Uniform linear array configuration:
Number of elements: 24
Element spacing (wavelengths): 0.75
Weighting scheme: uniform
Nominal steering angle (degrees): -30
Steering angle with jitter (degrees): -29.445
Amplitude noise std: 0.05
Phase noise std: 0.05

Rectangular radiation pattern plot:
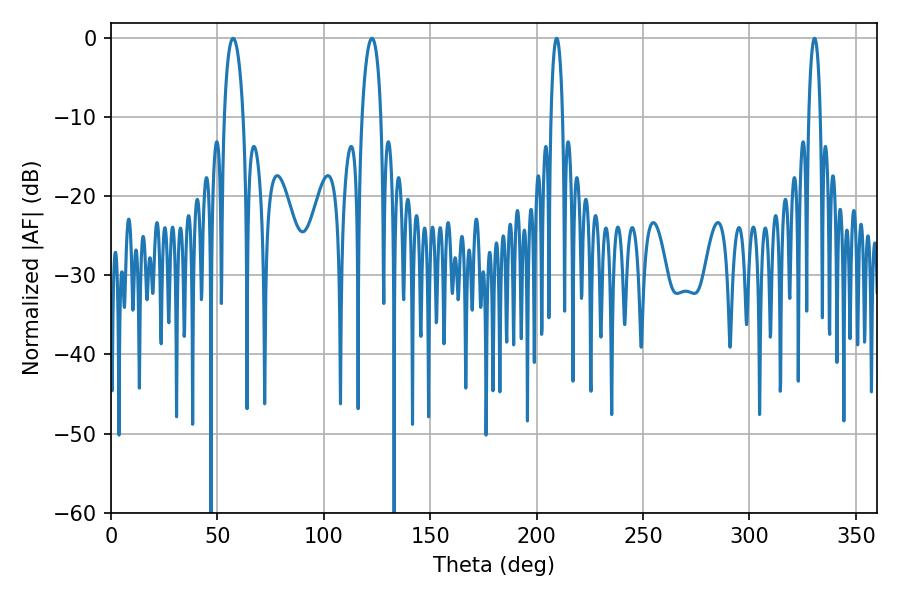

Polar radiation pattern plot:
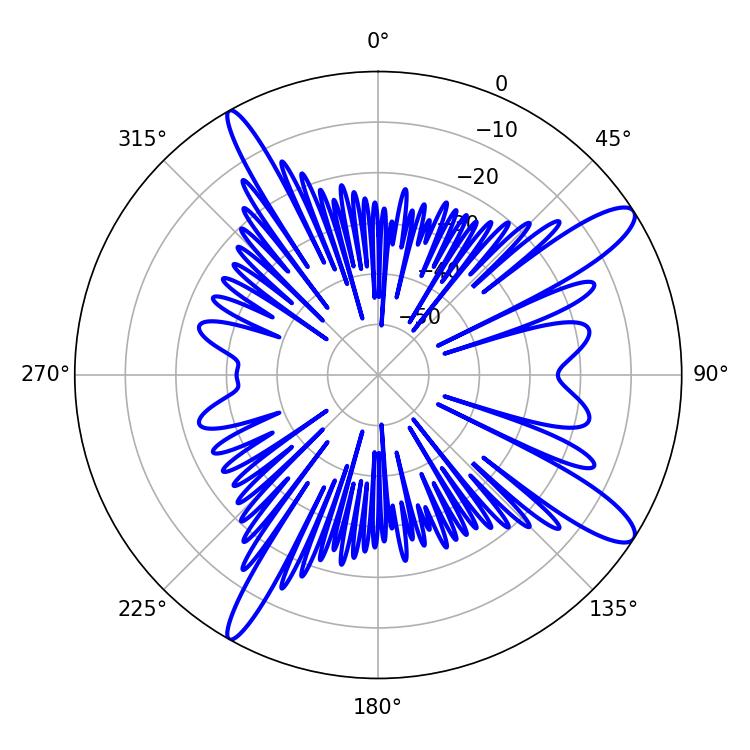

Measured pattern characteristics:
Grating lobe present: TRUE
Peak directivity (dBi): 12.579
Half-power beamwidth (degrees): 5.04
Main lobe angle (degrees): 57.42